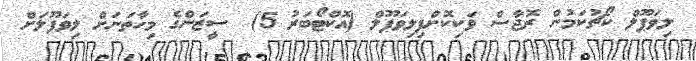
ލިވަޕޫލް ކޯޗުކަމުން ރޮޖާސް ވަކިކޮށްފިލިވަޕޫލް (އޮކްޓޯބަރު 5)  ސީޒަންގެ މިހާތަނަށް ލިވަޕޫލަށް